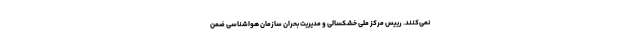
نمی‌کنند. رییس مرکز ملی خشکسالی و مدیریت بحران سازمان هواشناسی ضمن